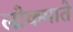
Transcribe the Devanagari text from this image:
लोकमाते